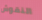
النقوش